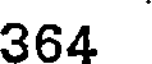
364